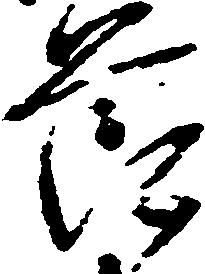
節